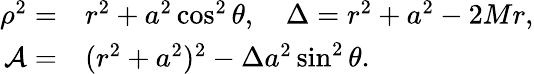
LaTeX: \begin{array}{rl}{\rho^{2}=}&{{}r^{2}+a^{2}\cos^{2}\theta,\quad\Delta=r^{2}+a^{2}-2Mr,}\\ {{\cal A}=}&{{}(r^{2}+a^{2})^{2}-\Delta a^{2}\sin^{2}\theta.}\end{array}